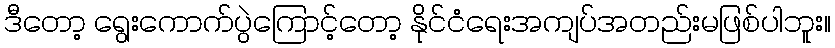
ဒီတော့ ရွေးကောက်ပွဲကြောင့်တော့ နိုင်ငံရေးအကျပ်အတည်းမဖြစ်ပါဘူး။